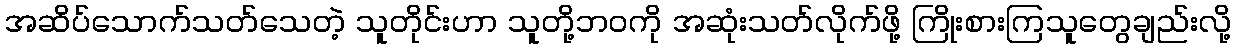
အဆိပ်သောက်သတ်သေတဲ့ သူတိုင်းဟာ သူတို့ဘဝကို အဆုံးသတ်လိုက်ဖို့ ကြိုးစားကြသူတွေချည်းလို့